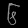
Digit: ၆